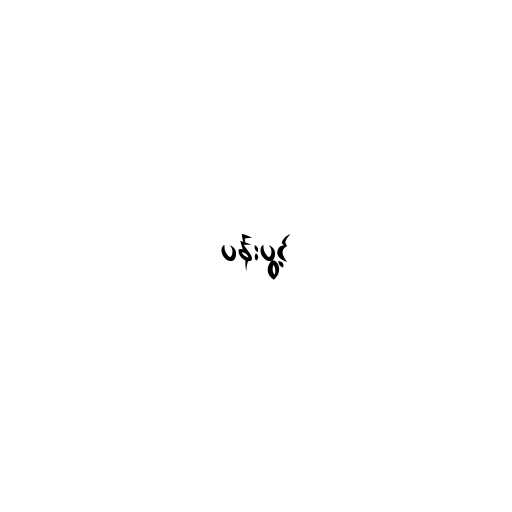
ပန်းပွင့်